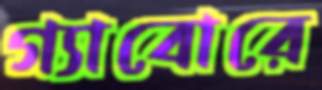
গ্যাবোরে